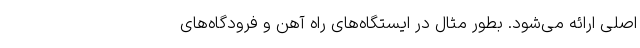
اصلی ارائه می‌شود. بطور مثال در ایستگاه‌های راه آهن و فرودگاه‌های